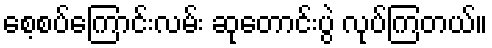
စေ့စပ်ကြောင်းလမ်း ဆုတောင်းပွဲ လုပ်ကြတယ်။